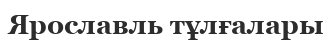
Ярославль тұлғалары